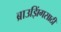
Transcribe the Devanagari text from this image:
ब्राउझिंगसाठी